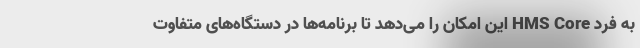
به فرد HMS Core این امکان را می‌دهد تا برنامه‌ها در دستگاه‌های متفاوت